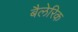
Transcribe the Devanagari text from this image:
बैलेरिक